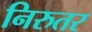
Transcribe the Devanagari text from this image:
निरुतर